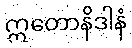
ဣတောနိဒါနံ